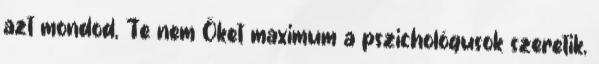
azt mondod, Te nem Őket maximum a pszichológusok szeretik,